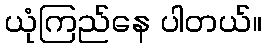
ယုံကြည်နေ ပါတယ်။